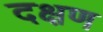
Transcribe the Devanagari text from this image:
दक्षण